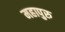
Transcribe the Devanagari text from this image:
महापुरु